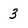
Character: 3